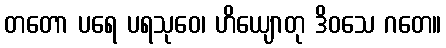
တတော ပရေ ပရသုဝေ၊ ဟိယျောတု ဒိဝသေ ဂတေ။